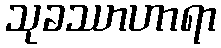
သုခဿာဟာရာ